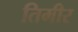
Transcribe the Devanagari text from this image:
तिमीर